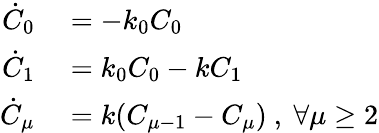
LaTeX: \begin{array}{rl}{\dot{C}_{0}}&{{}=-k_{0}C_{0}}\\ {\dot{C}_{1}}&{{}=k_{0}C_{0}-kC_{1}}\\ {\dot{C}_{\mu}}&{{}=k(C_{\mu-1}-C_{\mu})\ ,\ \forall\mu\geq 2}\end{array}